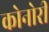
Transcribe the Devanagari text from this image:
कोनोरी